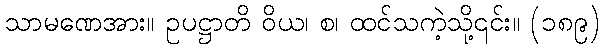
သာမဏေအား။ ဥပဋ္ဌာတိ ဝိယ၊ စ၊ ထင်သကဲ့သို့၎င်း။ (၁၈၉)